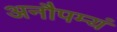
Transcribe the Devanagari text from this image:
अनौपम्यं